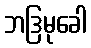
ဘဒြမုခေါ